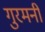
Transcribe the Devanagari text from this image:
गुरमनी